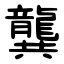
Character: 龔